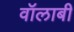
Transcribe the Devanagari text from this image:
वॉलाबी